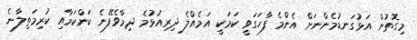
މިގޮތުން އަޅުގަނޑުމެންނަށް އެންމެ ފާހަގަވީ ކަމަކީ އަމެއްލެ ދިރިއުޅުމެ ދިމާވެފޭނެ ކަންކަމާއި ކުރިމަތިލާނެ